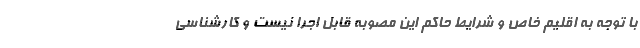
با توجه به اقلیم خاص و شرایط حاکم این مصوبه قابل اجرا نیست و کارشناسی